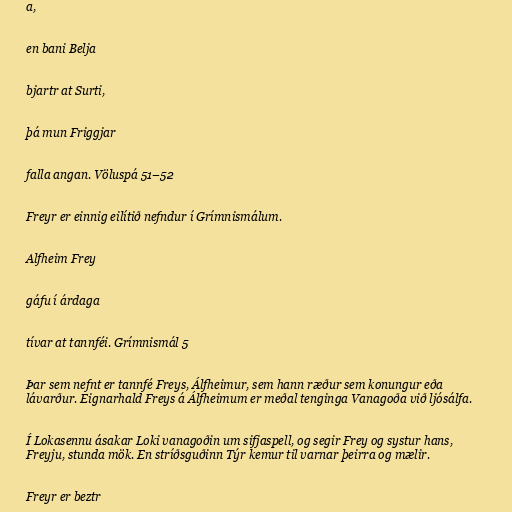
a,

en bani Belja

bjartr at Surti,

þá mun Friggjar

falla angan. Völuspá 51–52

Freyr er einnig eilítið nefndur í Grímnismálum.

Alfheim Frey

gáfu í árdaga

tívar at tannféi. Grímnismál 5

Þar sem nefnt er tannfé Freys, Álfheimur, sem hann ræður sem konungur eða
lávarður. Eignarhald Freys á Álfheimum er meðal tenginga Vanagoða við ljósálfa.

Í Lokasennu ásakar Loki vanagoðin um sifjaspell, og segir Frey og systur hans,
Freyju, stunda mök. En stríðsguðinn Týr kemur til varnar þeirra og mælir.

Freyr er beztr